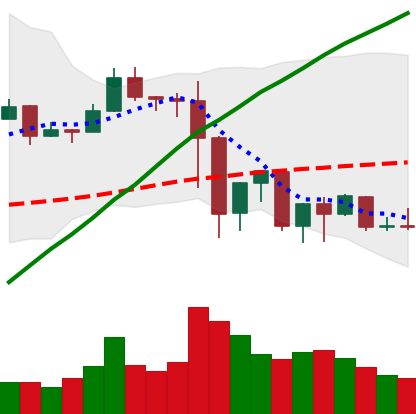
Ticker: EOS-USD
Chart end date: 2019-07-06
Forward return: -18.496%
Label: down_7plus